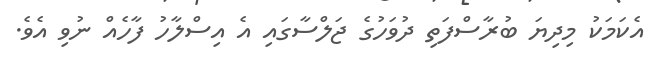
އެކަމަކު މިދިޔަ ބުރާސްފަތި ދުވަހުގެ ޖަލްސާގައި އެ އިސްލާހު ފާހެއް ނުވި އެވެ.